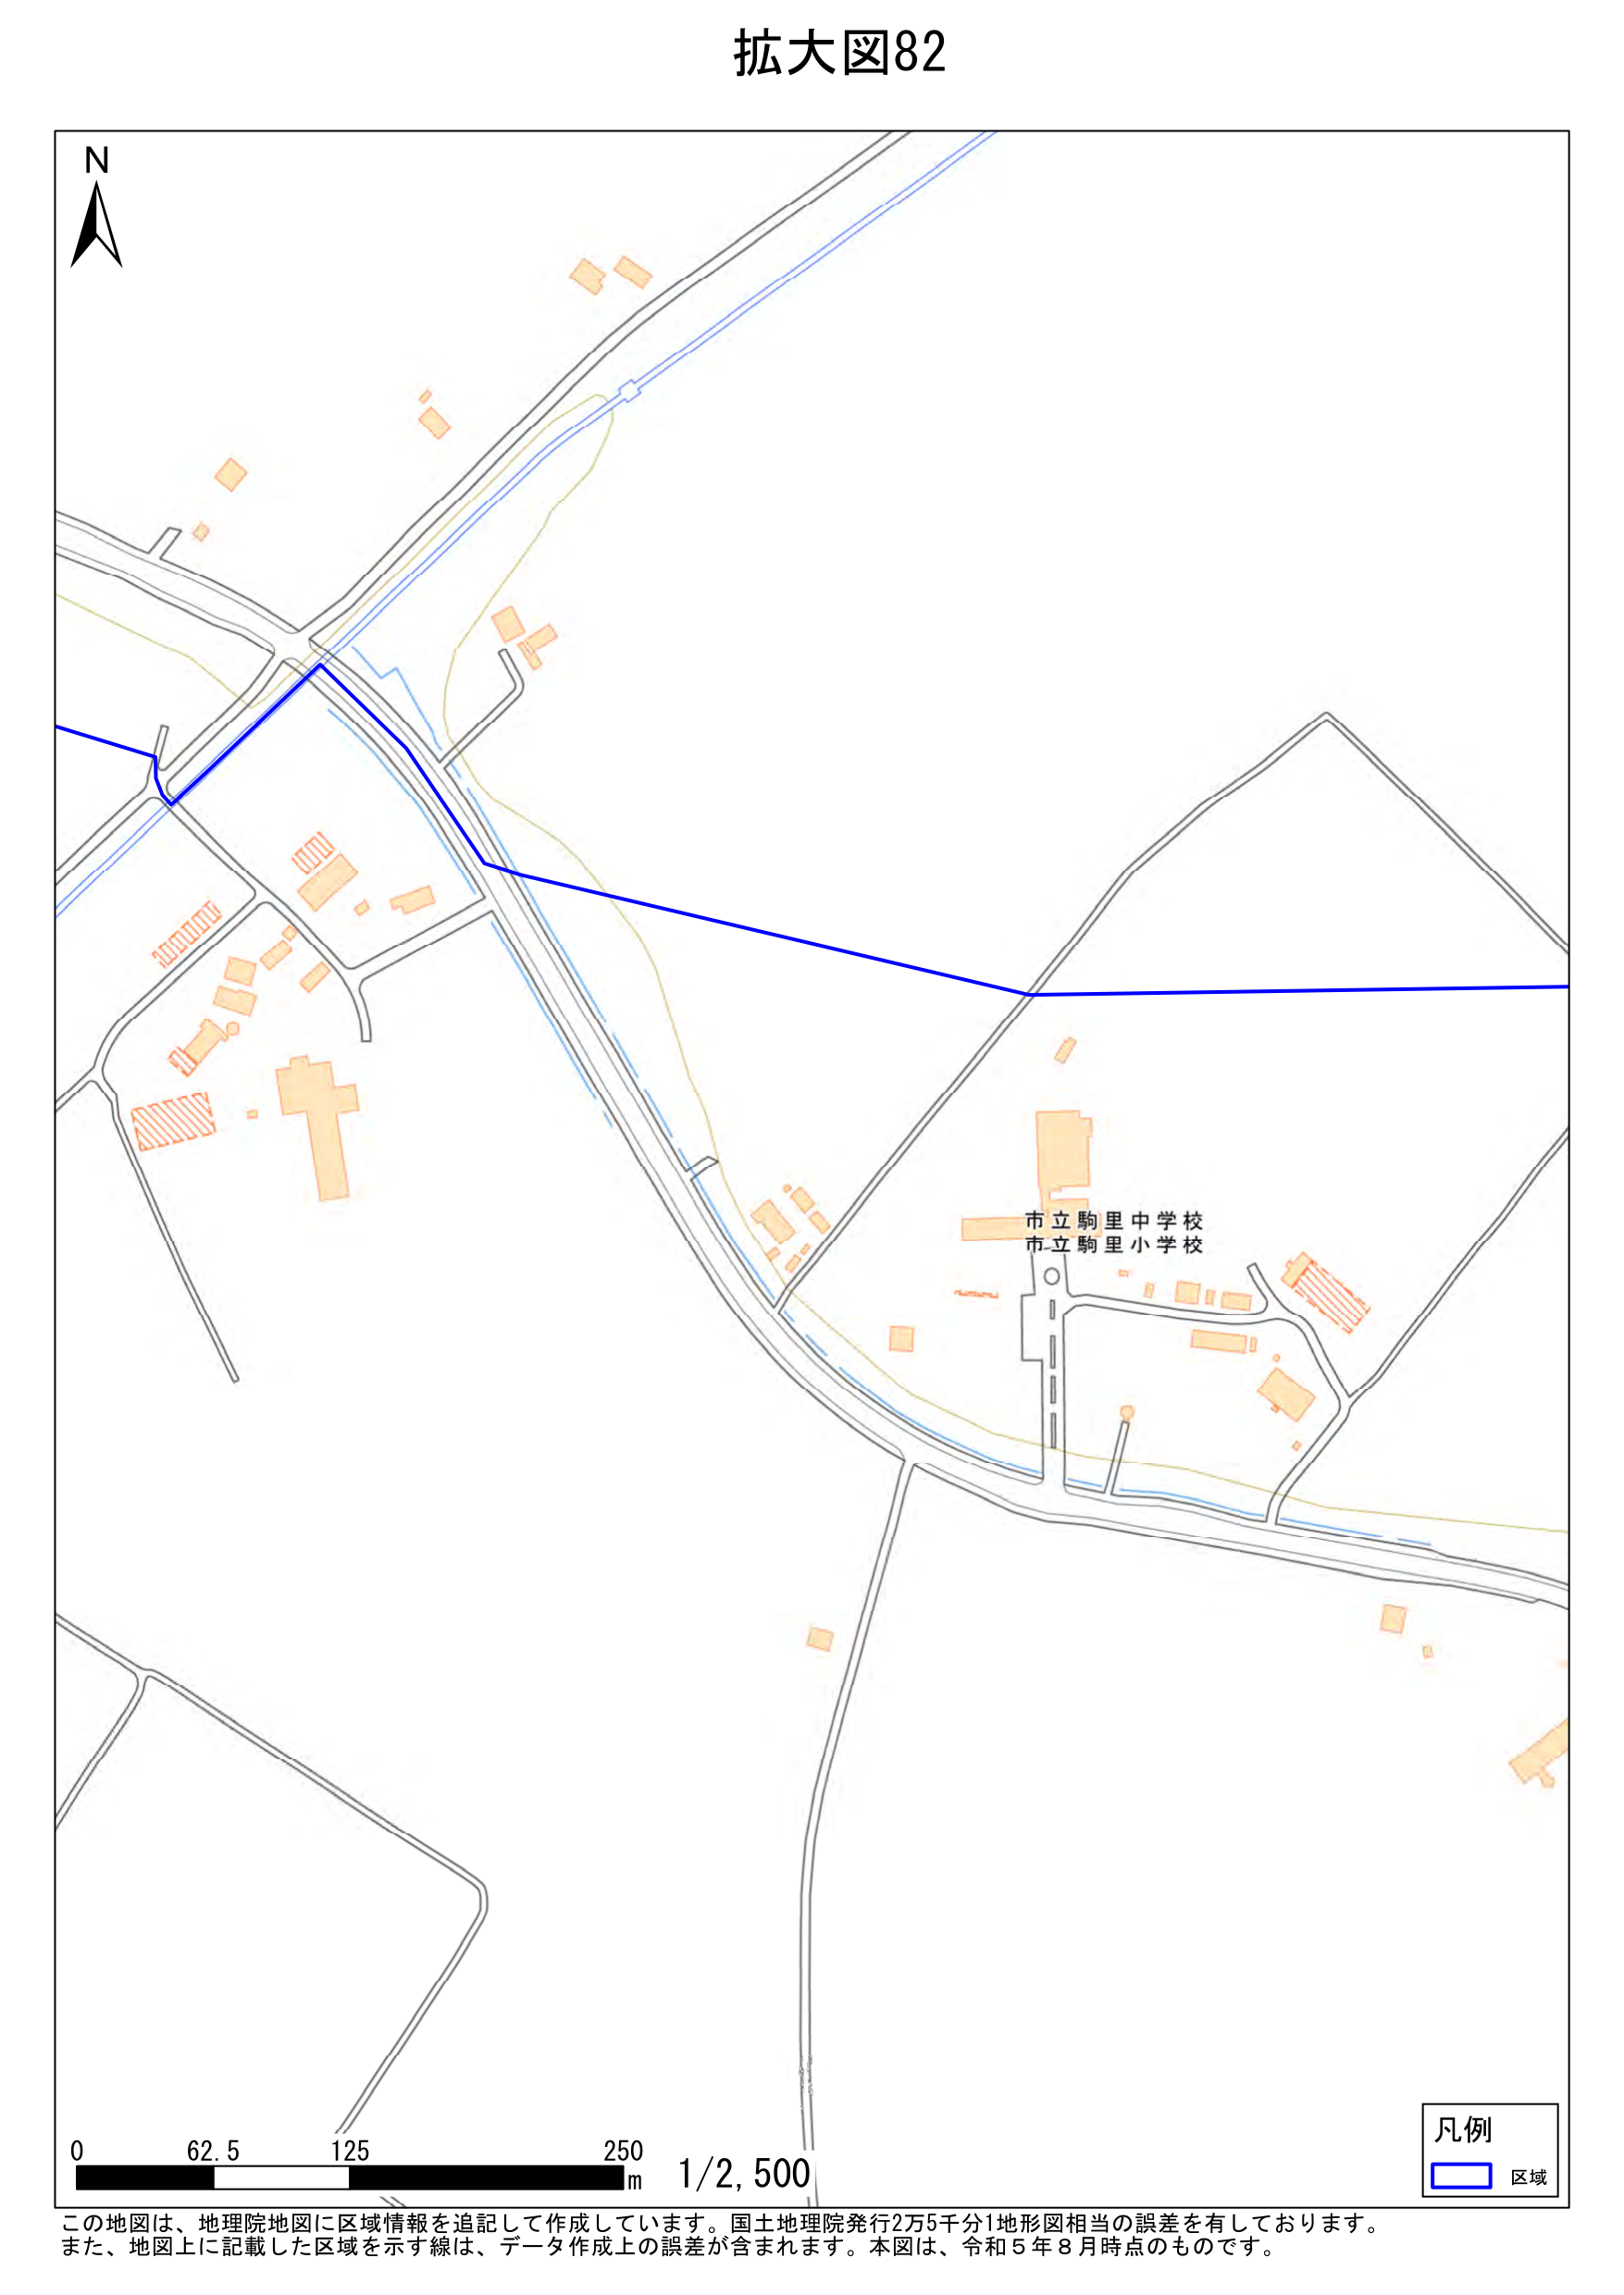
拡大図82

N

市立駒里中学校
市立駒里小学校

0 62.5 125 250 m 1/2,500

凡例
□ 区域

この地図は、地理院地図に区域情報を追記して作成しています。国土地理院発行2万5千分1地形図相当の誤差を有しております。
また、地図上に記載した区域を示す線は、データ作成上の誤差が含まれます。本図は、令和5年8月時点のものです。